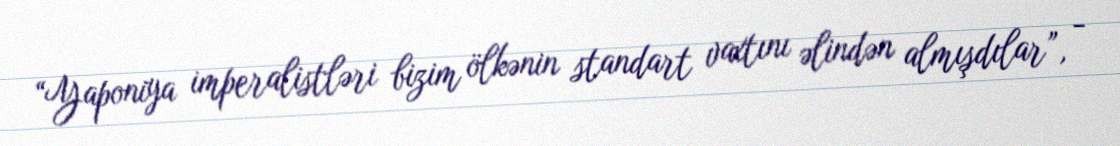
“Yaponiya imperalistləri bizim ölkənin standart vaxtını əlindən almışdılar”, -